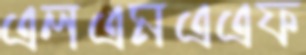
এলএমএএফ